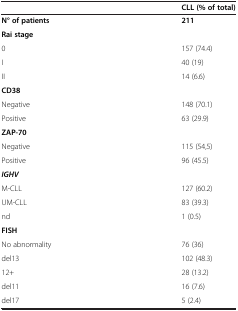
<table><thead><tr><td><b> </b></td><td><b>CLL (% of total)</b></td></tr></thead><tbody><tr><td><b>N° of patients</b></td><td><b>211</b></td></tr><tr><td><b>Rai stage</b></td><td> </td></tr><tr><td>0</td><td>157 (74.4)</td></tr><tr><td>I</td><td>40 (19)</td></tr><tr><td>II</td><td>14 (6.6)</td></tr><tr><td><b>CD38</b></td><td> </td></tr><tr><td>Negative</td><td>148 (70.1)</td></tr><tr><td>Positive</td><td>63 (29.9)</td></tr><tr><td><b>ZAP-70</b></td><td> </td></tr><tr><td>Negative</td><td>115 (54,5)</td></tr><tr><td>Positive</td><td>96 (45.5)</td></tr><tr><td><b><i>IGHV</i></b></td><td> </td></tr><tr><td>M-CLL</td><td>127 (60.2)</td></tr><tr><td>UM-CLL</td><td>83 (39.3)</td></tr><tr><td>nd</td><td>1 (0.5)</td></tr><tr><td><b>FISH</b></td><td> </td></tr><tr><td>No abnormality</td><td>76 (36)</td></tr><tr><td>del13</td><td>102 (48.3)</td></tr><tr><td>12+</td><td>28 (13.2)</td></tr><tr><td>del11</td><td>16 (7.6)</td></tr><tr><td>del17</td><td>5 (2.4)</td></tr></tbody></table>